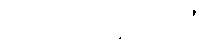
အသုံးပြုသူများထံ